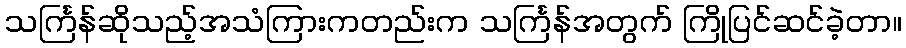
သင်္ကြန်ဆိုသည့်အသံကြားကတည်းက သင်္ကြန်အတွက် ကြိုပြင်ဆင်ခဲ့တာ။